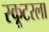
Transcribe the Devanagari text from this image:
स्कूटरला